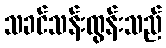
သခင်သန်းထွန်းသည်